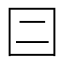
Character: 𡆤